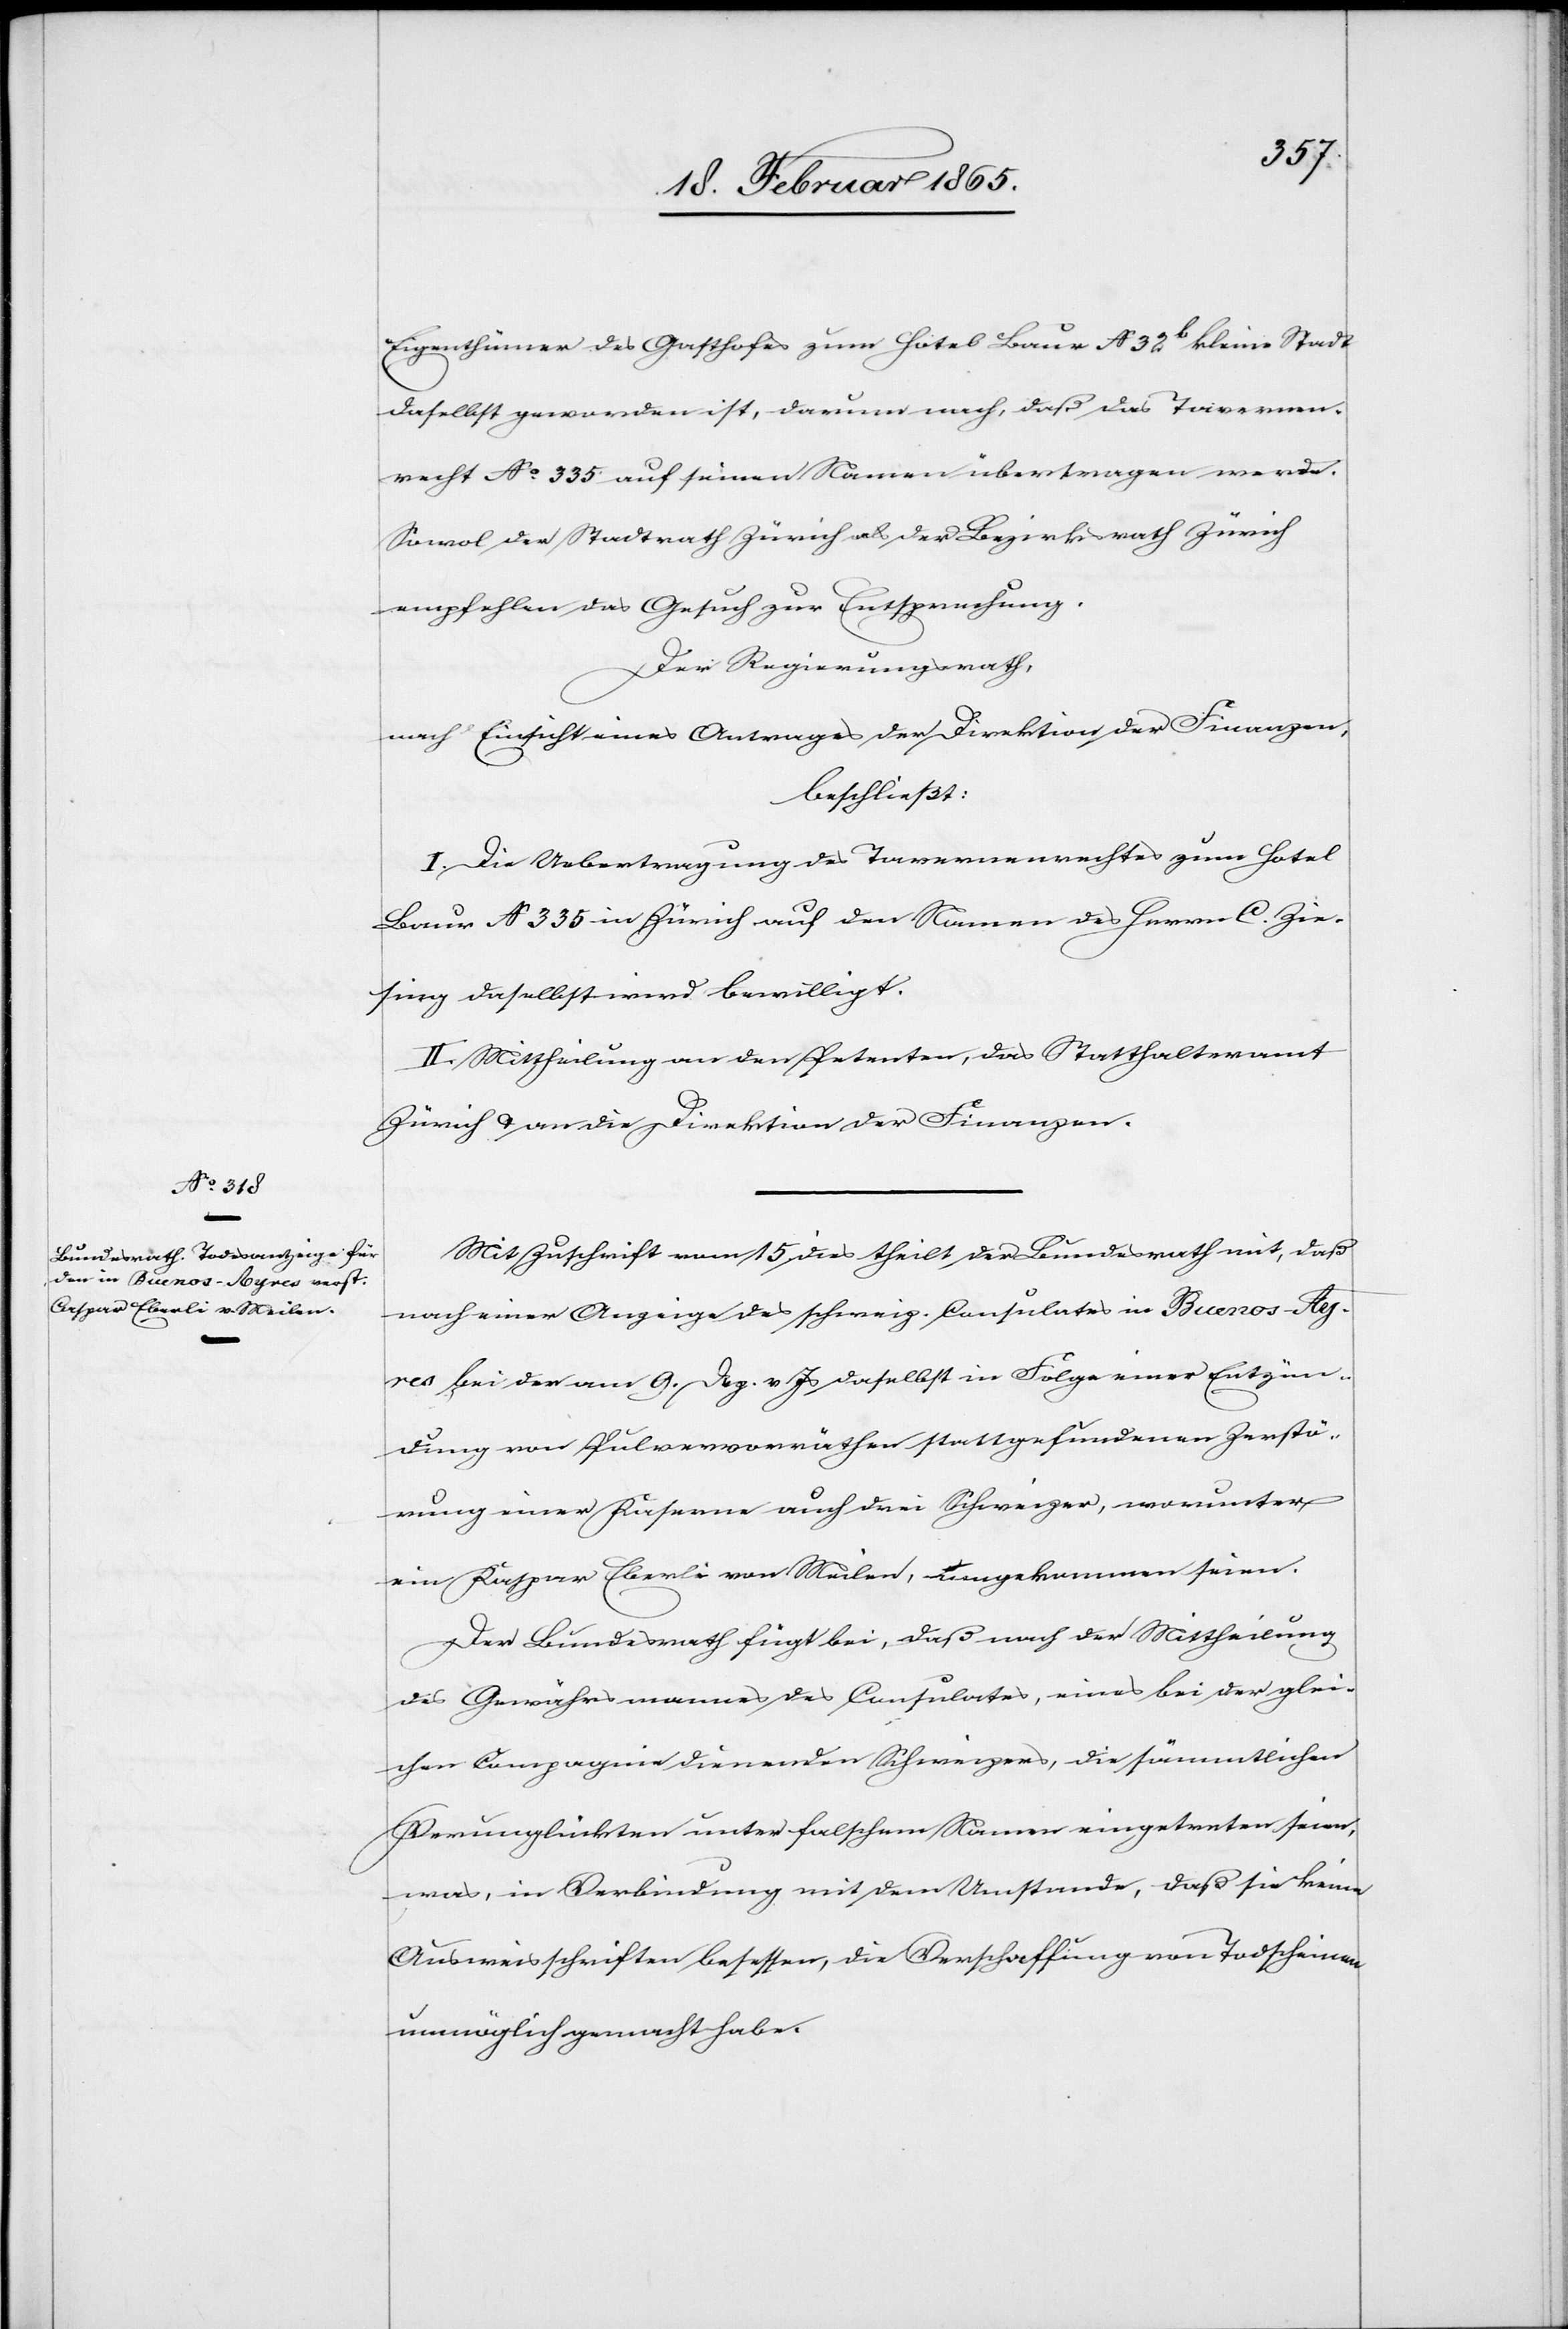
Eigenthümer des Gasthofes zum Hotel Baur N 32 b kleine Stadt
daselbst geworden ist, darum nach, daß das Tavernen¬
recht No 335 auf seinen Namen übertragen werde.
Sowol der Stadtrath Zürich als der Bezirksrath Zürich
empfehlen das Gesuch zur Entsprechung.
Der Regierungsrath,
nach Einsicht eines Antrages der Direktion der Finanzen,
beschießt:
I. Die Uebertragung des Tavernenrechtes zum Hotel
Baur N 335 in Zürich auf den Namen des Herrn C. Zie¬
sing daselbst wird bewilligt.
II. Mittheilung an den Petenten, das Statthalteramt
Zürich u. an die Direktion der Finanzen.
Mit Zuschrift vom 15 dies theilt der Bundesrath mit, daß
nach einer Anzeige des schweiz. Consulates in Buenos-Ay¬
res bei der am 9. Dez. v. Js daselbst in Folge einer Entzün¬
dung von Pulvervorräthen stattgefundenen Zerstö¬
rung einer Kaserne auch die Schweizer, worunter
ein Kaspar Eberli von Meilen, umgekommen seien.
Der Bundesrath fügt bei, daß nach der Mittheilung
des Gewährsmannes des Consulates, eines bei der glei¬
chen Compagnie dienenden Schweizers, die sämmtlichen
Verunglückten unter falschem Namen eingetreten seien,
was, in Verbindung mit dem Umstande, daß sie keine
Ausweisschriften besessen, die Verschaffung von Todscheinen
unmöglich gemacht habe.